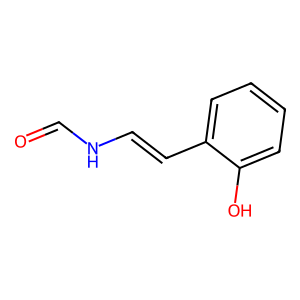
SMILES: O=CNC=Cc1ccccc1O
Inhibits HIV replication: No